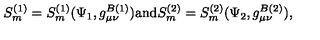
S _ { m } ^ { ( 1 ) } = S _ { m } ^ { ( 1 ) } ( \Psi _ { 1 } , g _ { \mu \nu } ^ { B ( 1 ) } ) \mathrm { a n d } S _ { m } ^ { ( 2 ) } = S _ { m } ^ { ( 2 ) } ( \Psi _ { 2 } , g _ { \mu \nu } ^ { B ( 2 ) } ) ,